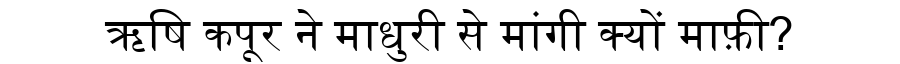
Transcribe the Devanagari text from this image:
ऋषि कपूर ने माधुरी से मांगी क्यों माफ़ी?